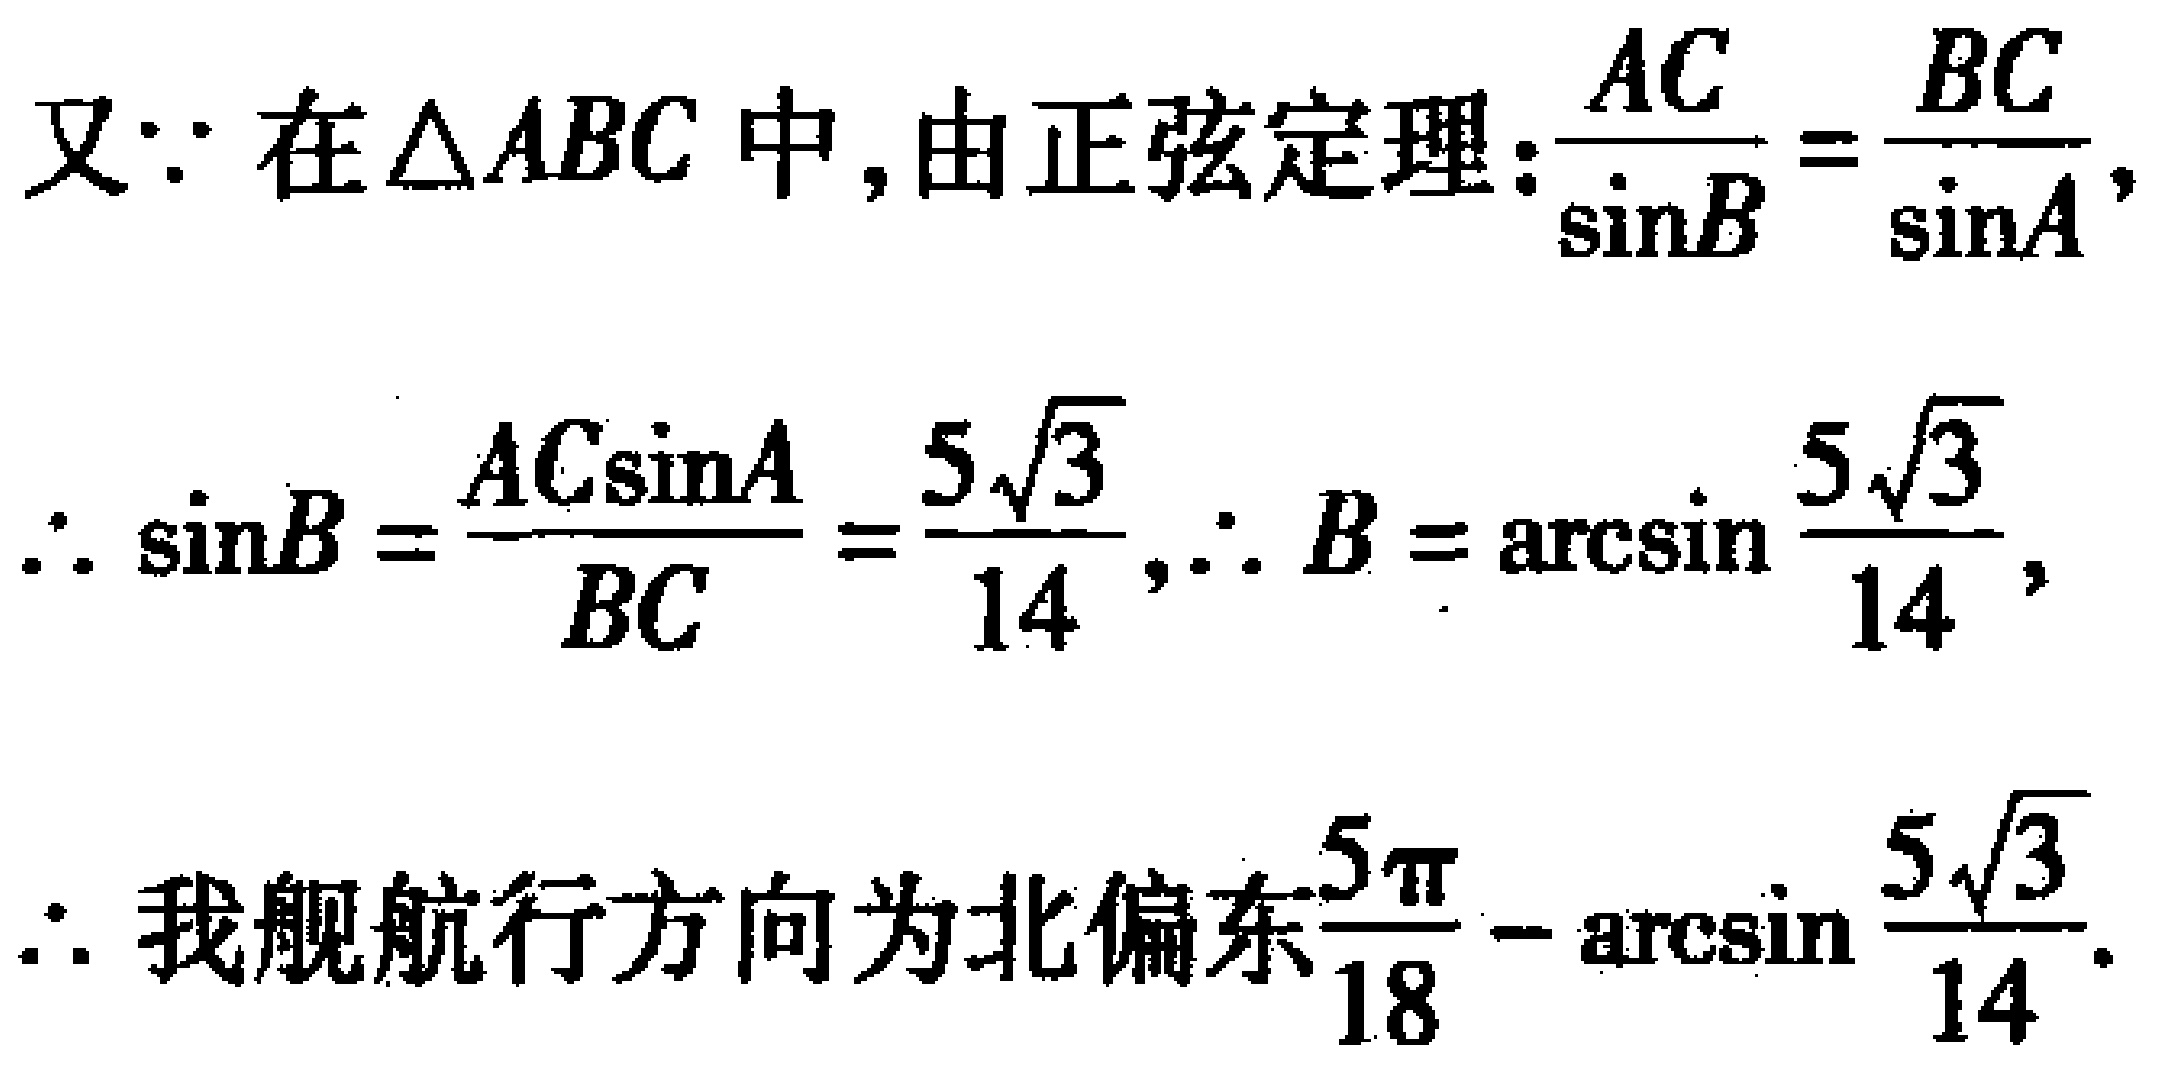
又\(\because\)在\(\triangle ABC\)中，由正弦定理：\(\frac{AC}{\sin B}=\frac{BC}{\sin A}\)，
\(\therefore \sin B = \frac{AC\sin A}{BC}=\frac{5\sqrt{3}}{14}\)，\(\therefore B = \arcsin\frac{5\sqrt{3}}{14}\)，
\(\therefore\)我舰航行方向为北偏东\(\frac{5\pi}{18}-\arcsin\frac{5\sqrt{3}}{14}\)。